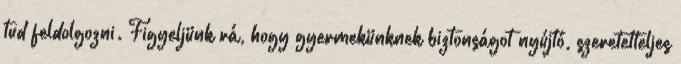
tud feldolgozni. Figyeljünk rá, hogy gyermekünknek biztonságot nyújtó, szeretetteljes